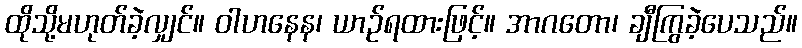
ထိုသို့မဟုတ်ခဲ့လျှင်။ ဝါဟနေန၊ ယာဉ်ရထားဖြင့်။ အာဂတော၊ ချီကြွခဲ့ပေသည်။